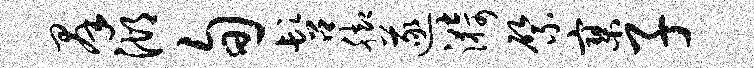
群湖旬髫脚遂漪綮寥子